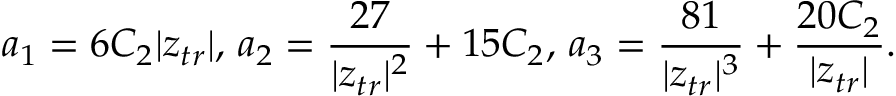
a _ { 1 } = 6 C _ { 2 } | z _ { t r } | \mathrm { , ~ } a _ { 2 } = \frac { 2 7 } { | z _ { t r } | ^ { 2 } } + 1 5 C _ { 2 } \mathrm { , ~ } a _ { 3 } = \frac { 8 1 } { | z _ { t r } | ^ { 3 } } + \frac { 2 0 C _ { 2 } } { | z _ { t r } | } .